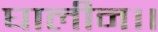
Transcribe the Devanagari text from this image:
घालीन।।